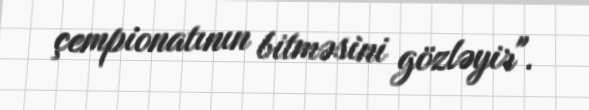
çempionatının bitməsini gözləyir".